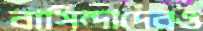
বাসিন্দাদেরও